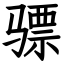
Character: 骠